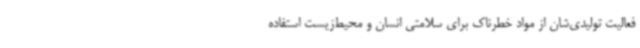
فعالیت تولیدی‌شان از مواد خطرناک برای سلامتی انسان و محیط‌زیست استفاده